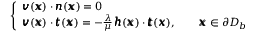
\left\{ \begin{array} { l l } { { \pmb v } ( { \pmb x } ) \cdot { \pmb n } ( { \pmb x } ) = 0 } \\ { { \pmb v } ( { \pmb x } ) \cdot { \pmb t } ( { \pmb x } ) = - \frac { \lambda } { \mu } \, { \pmb h } ( { \pmb x } ) \cdot { \pmb t } ( { \pmb x } ) , \qquad { \pmb x } \in \partial D _ { b } } \end{array} \right.